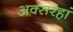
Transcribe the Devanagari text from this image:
अक्सरहां